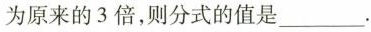
为原来的3倍，则分式的值是___。